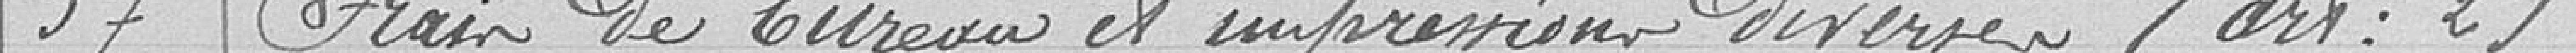
57 Frais de bureau et impressions diverses (art : 2)